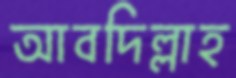
আবদিল্লাহ